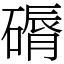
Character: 磭